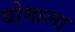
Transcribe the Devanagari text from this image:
बोमाला